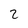
Character: 2